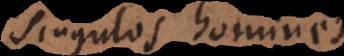
singulos homines